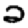
Digit: 2